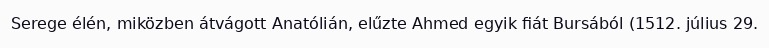
Serege élén, miközben átvágott Anatólián, elűzte Ahmed egyik fiát Bursából (1512. július 29.